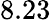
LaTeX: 8.23